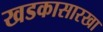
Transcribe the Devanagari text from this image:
खडकासारखा